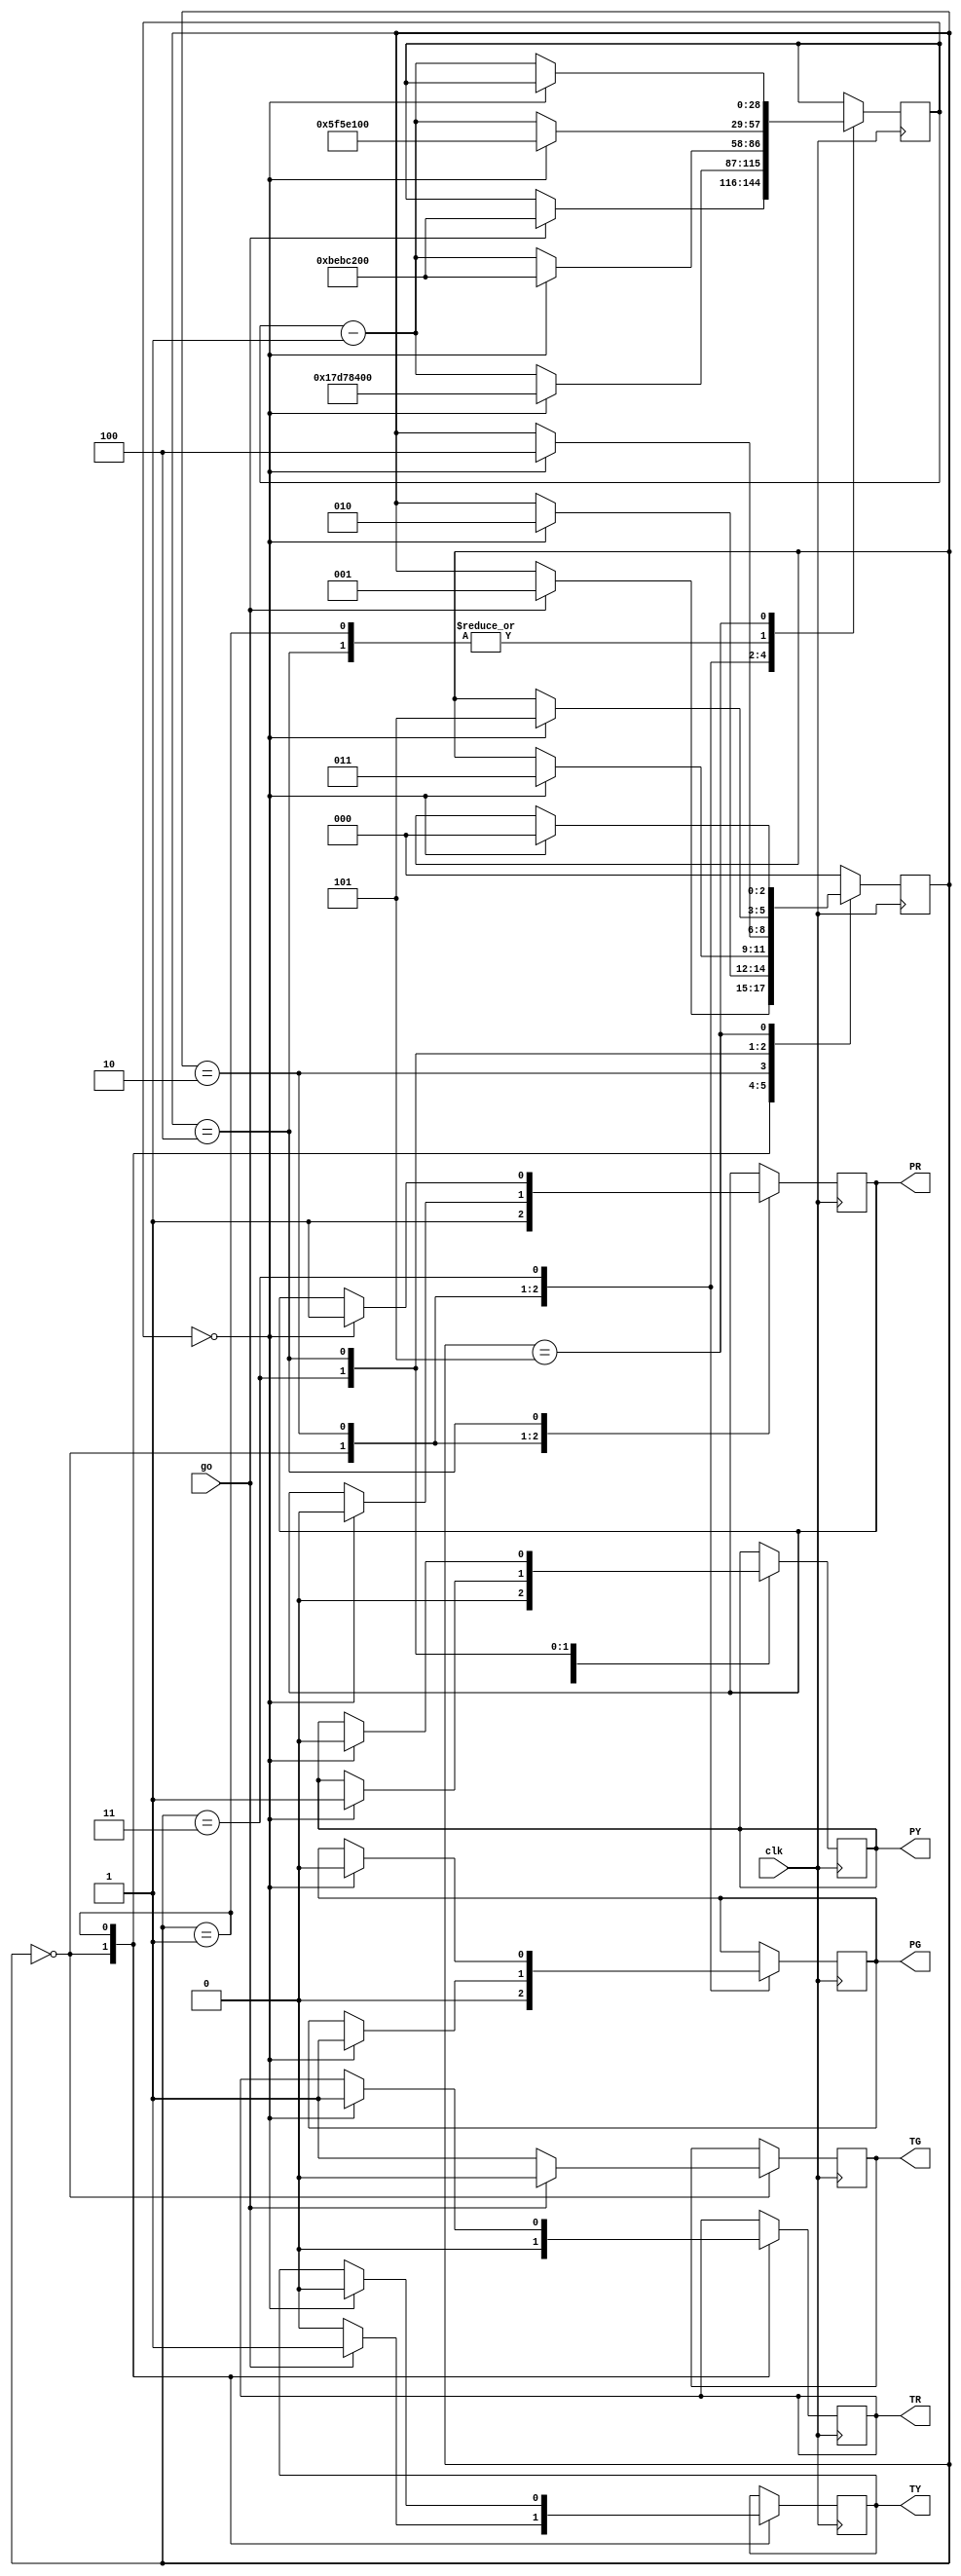
`timescale 1ns / 1ps

module trafficlight(clk, go, PG, PY, PR, TG, TY, TR);
input clk, go;
output reg PG, PY, PR, TG, TY, TR;
reg [2:0] state;
initial state = 0;
reg [28:0] c;

always@(posedge clk)
case (state)
	0: begin
			PR <= 1;
			PY <= 0;
			PG <= 0;
			TR <= 0;
			TY <= 0;
			TG <= 1;
			if(go)
			begin
				TG <= 0;
				TY <= 1;
				c <= 200000000;
				state <= 1;
			end
		end
	1: if(c==0)
		begin
			TY <= 0;
			TR <= 1;
			c <= 100000000;
			state <= 2;
		end
		else
			c <= c - 1;
	2: if(c==0)
		begin
			PR <= 0;
			PG <= 1;
			c <= 400000000;
			state <= 3;
		end
		else
			c <= c - 1;
	3: if(c==0)
		begin
			PG <= 0;
			PY <= 1;
			c <= 200000000;
			state <= 4;
		end
		else
			c <= c - 1;
	4: if(c==0)
		begin
			PY <= 0;
			PR <= 1;
			c <= 100000000;
			state <= 5;
		end
		else
			c <= c - 1;
	5: if(c==0)
			state <= 0;
		else
			c <= c - 1;
	default: state <= 0;
endcase

endmodule